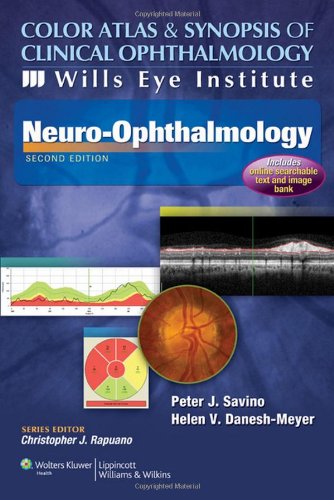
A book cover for Color Atlas and Synopsis of Clinical Ophthalmology -- Wills Eye Institute -- Neuro-Ophthalmology (Wills Eye Institute Atlas Series); Peter J Savino MD; Medical Books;